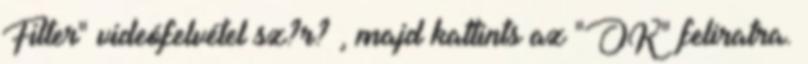
Filter" videófelvétel sz?r? , majd kattints az "OK" feliratra.